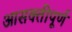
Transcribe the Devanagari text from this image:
आसक्तीपूर्ण